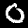
Label: 0